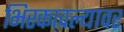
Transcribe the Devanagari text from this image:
भिरकावल्यावर